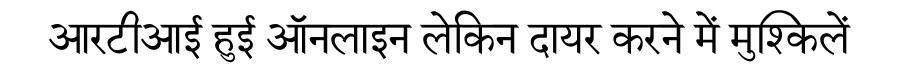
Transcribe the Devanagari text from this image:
आरटीआई हुई ऑनलाइन लेकिन दायर करने में मुश्किलें